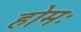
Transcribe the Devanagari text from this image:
होमः